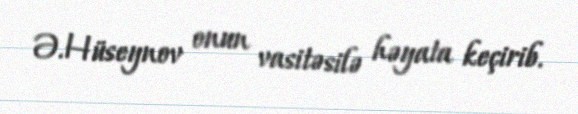
Ə.Hüseynov onun vasitəsilə həyata keçirib.